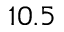
1 0 . 5